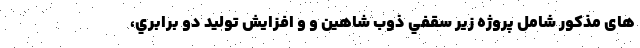
های مذکور شامل پروژه زير سقفي ذوب شاهين و و افزايش توليد دو برابري،